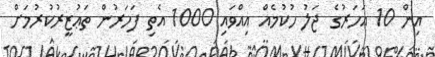
އިން 10 އަހަރުގެ ޖަލު ހުކުމެއް އިއްވައި 1000 އެތި ފަހަރުން ތަޢުޒީރުކުރުމަށް